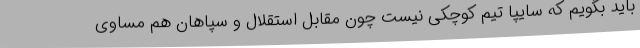
باید بگویم که سایپا تیم کوچکی نیست چون مقابل استقلال و سپاهان هم مساوی